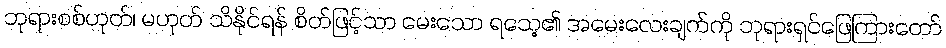
ဘုရားစစ်ဟုတ်၊ မဟုတ် သိနိုင်ရန် စိတ်ဖြင့်သာ မေးသော ရသေ့၏ အမေးလေးချက်ကို ဘုရားရှင်ဖြေကြားတော်